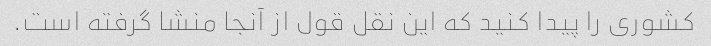
کشوری را پیدا کنید که این نقل قول از آنجا منشا گرفته است.